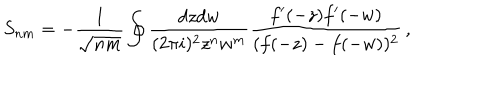
S _ { n m } = - \frac { 1 } { \sqrt { n m } } \oint \frac { d z d w } { ( 2 \pi i ) ^ { 2 } z ^ { n } w ^ { m } } \frac { f ^ { \prime } ( - z ) f ^ { \prime } ( - w ) } { ( f ( - z ) - f ( - w ) ) ^ { 2 } } \, ,